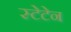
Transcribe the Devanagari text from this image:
स्टेटेन